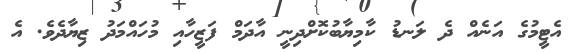
އެޓީމުގެ އަނެއް ދެ ލަނޑު ކާމިޔާބުކޮށްދިނީ އާދަމް ފަޒީހާއި މުހައްމަދު ޒިޔާދެވެ. އެ